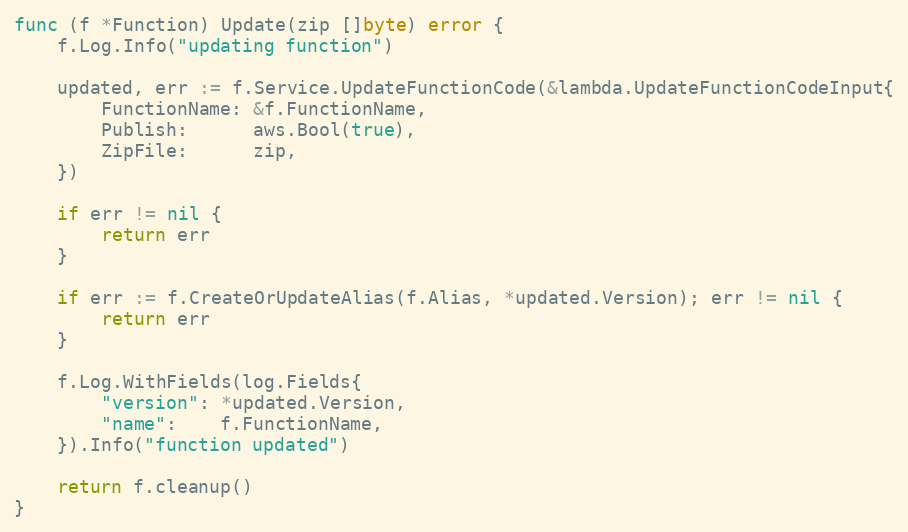
Language: Go
func (f *Function) Update(zip []byte) error {
	f.Log.Info("updating function")

	updated, err := f.Service.UpdateFunctionCode(&lambda.UpdateFunctionCodeInput{
		FunctionName: &f.FunctionName,
		Publish:      aws.Bool(true),
		ZipFile:      zip,
	})

	if err != nil {
		return err
	}

	if err := f.CreateOrUpdateAlias(f.Alias, *updated.Version); err != nil {
		return err
	}

	f.Log.WithFields(log.Fields{
		"version": *updated.Version,
		"name":    f.FunctionName,
	}).Info("function updated")

	return f.cleanup()
}